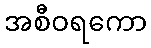
အစီဝရကော